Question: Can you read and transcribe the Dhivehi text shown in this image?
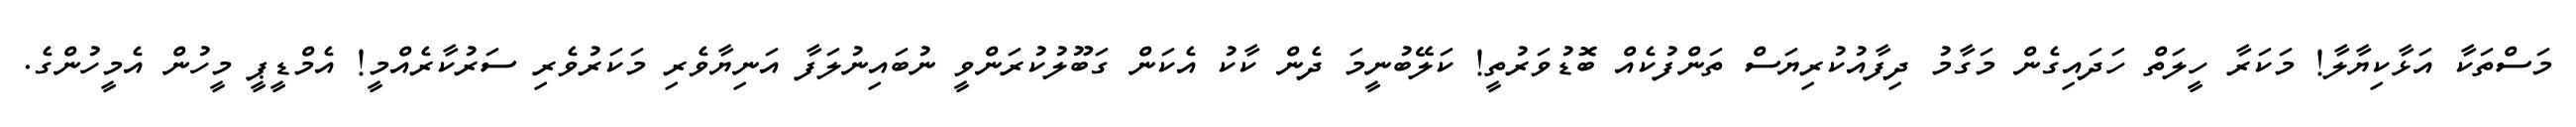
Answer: މަސްތަކާ އަޅާކިޔާލާ! މަކަރާ ހީލަތް ހަދައިގެން މަގާމު ދިފާއުކުރިޔަސް ތަންފުކެއް ބޮޑުވަރުތީ! ކަލޭބުނީމަ ދެން ކާކު އެކަން ގަބޫލުކުރަންވީ ނުބައިނުލަފާ އަނިޔާވެރި މަކަރުވެރި ސަރުކާރެއްމީ! އެމްޑީޕީ މީހުން އެމީހުންގެ.